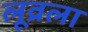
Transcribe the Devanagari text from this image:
लूव्रला